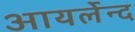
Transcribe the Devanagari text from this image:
आयर्लेन्द